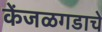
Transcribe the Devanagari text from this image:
केंजळगडाचे